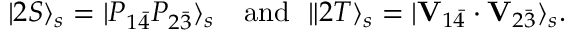
| 2 S \rangle _ { s } = | P _ { 1 \bar { 4 } } P _ { 2 \bar { 3 } } \rangle _ { s } \ \ \ \mathrm { a n d } \ \ \| 2 T \rangle _ { s } = | { \bf V } _ { 1 \bar { 4 } } \cdot { \bf V } _ { 2 \bar { 3 } } \rangle _ { s } .